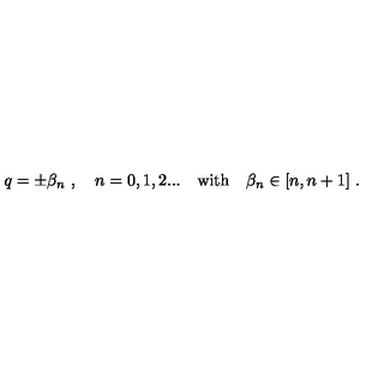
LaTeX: q = \pm \beta _ { n } \ , \quad n = 0 , 1 , 2 . . . \quad \mathrm { w i t h } \quad \beta _ { n } \in [ n , n + 1 ] \ .